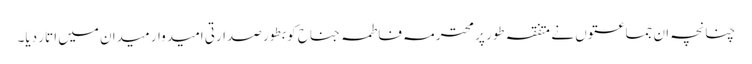
چنانچہ ان جماعتوں نے متفقہ طور پر محترمہ فاطمہ جناح کو بطور صدارتی امیدوار میدان میں اتار دیا۔